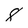
Character: 8